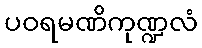
ပဝရမဏိကုဏ္ဍလံ